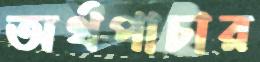
অর্থপাচার